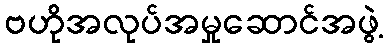
ဗဟိုအလုပ်အမှုဆောင်အဖွဲ့